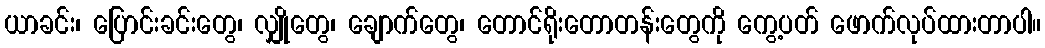
ယာခင်း၊ ပြောင်းခင်းတွေ၊ လျှိုတွေ၊ ချောက်တွေ၊ တောင်ရိုးတောတန်းတွေကို ကွေ့ပတ် ဖောက်လုပ်ထားတာပါ။